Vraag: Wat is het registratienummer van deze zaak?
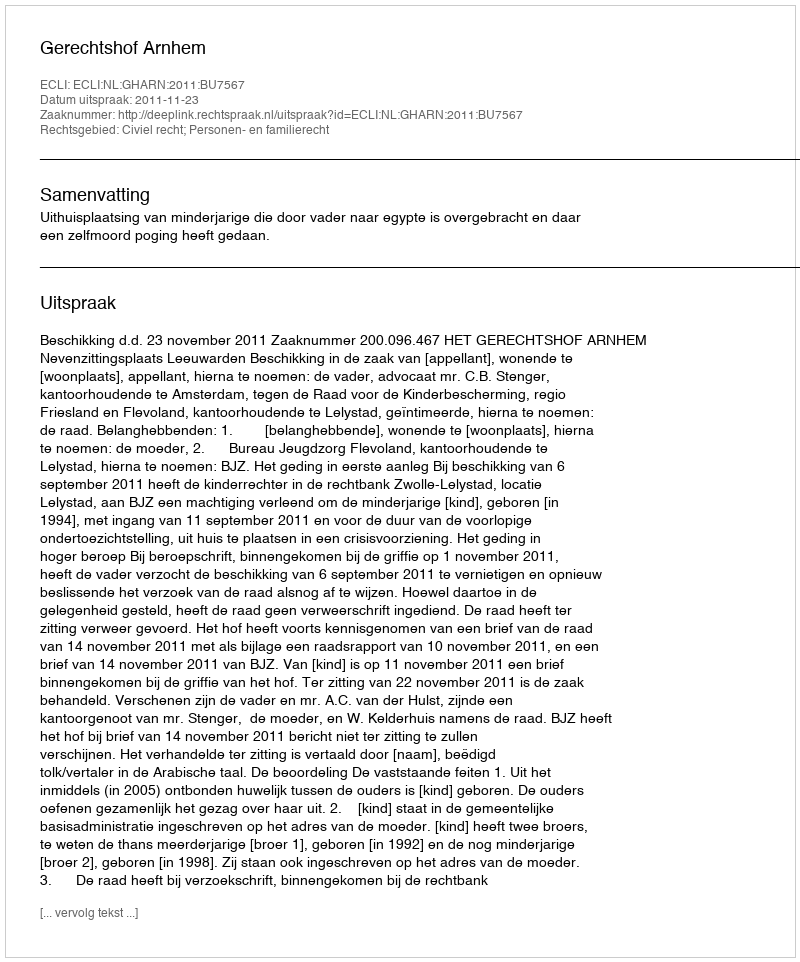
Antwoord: http://deeplink.rechtspraak.nl/uitspraak?id=ECLI:NL:GHARN:2011:BU7567